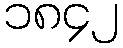
၁၈၄၂